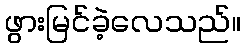
ဖွားမြင်ခဲ့လေသည်။